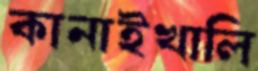
কানাইখালি